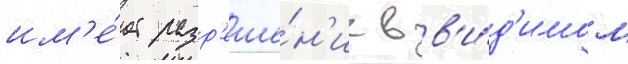
им'е́ет разр'еше́н'ие в в'и́д'имом